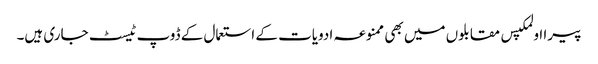
پیرا اولمکپس مقابلوں میں بھی ممنوعہ ادویات کے استعمال کے ڈوپ ٹیسٹ جاری ہیں۔